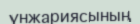
үнжариясының